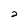
Character: 2